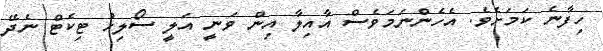
ހިފާނެ ކަމަށެވެ. އެހެންނަމަވެސް އާއިލާ އިން ވަނީ އަލީ ސޯލިހު ޓިކެޓް ނެދޭ